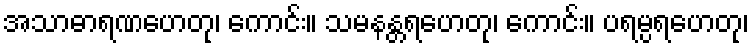
အသာဓာရဏဟေတု၊ ကောင်း။ သမနန္တရဟေတု၊ ကောင်း။ ပရမ္ပရဟေတု၊